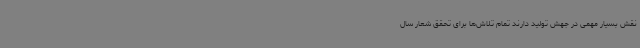
نقش بسیار مهمی در جهش تولید دارند تمام تلاش‌ها برای تحقق شعار سال